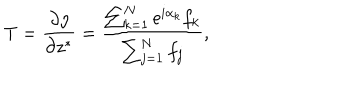
T = { \frac { \partial \eta } { \partial z ^ { * } } } = { \frac { \sum _ { k = 1 } ^ { N } \mathrm { e } ^ { i \alpha _ { k } } f _ { k } } { \sum _ { j = 1 } ^ { N } f _ { j } } } ,